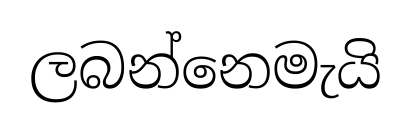
ලබන්නෙමැයි